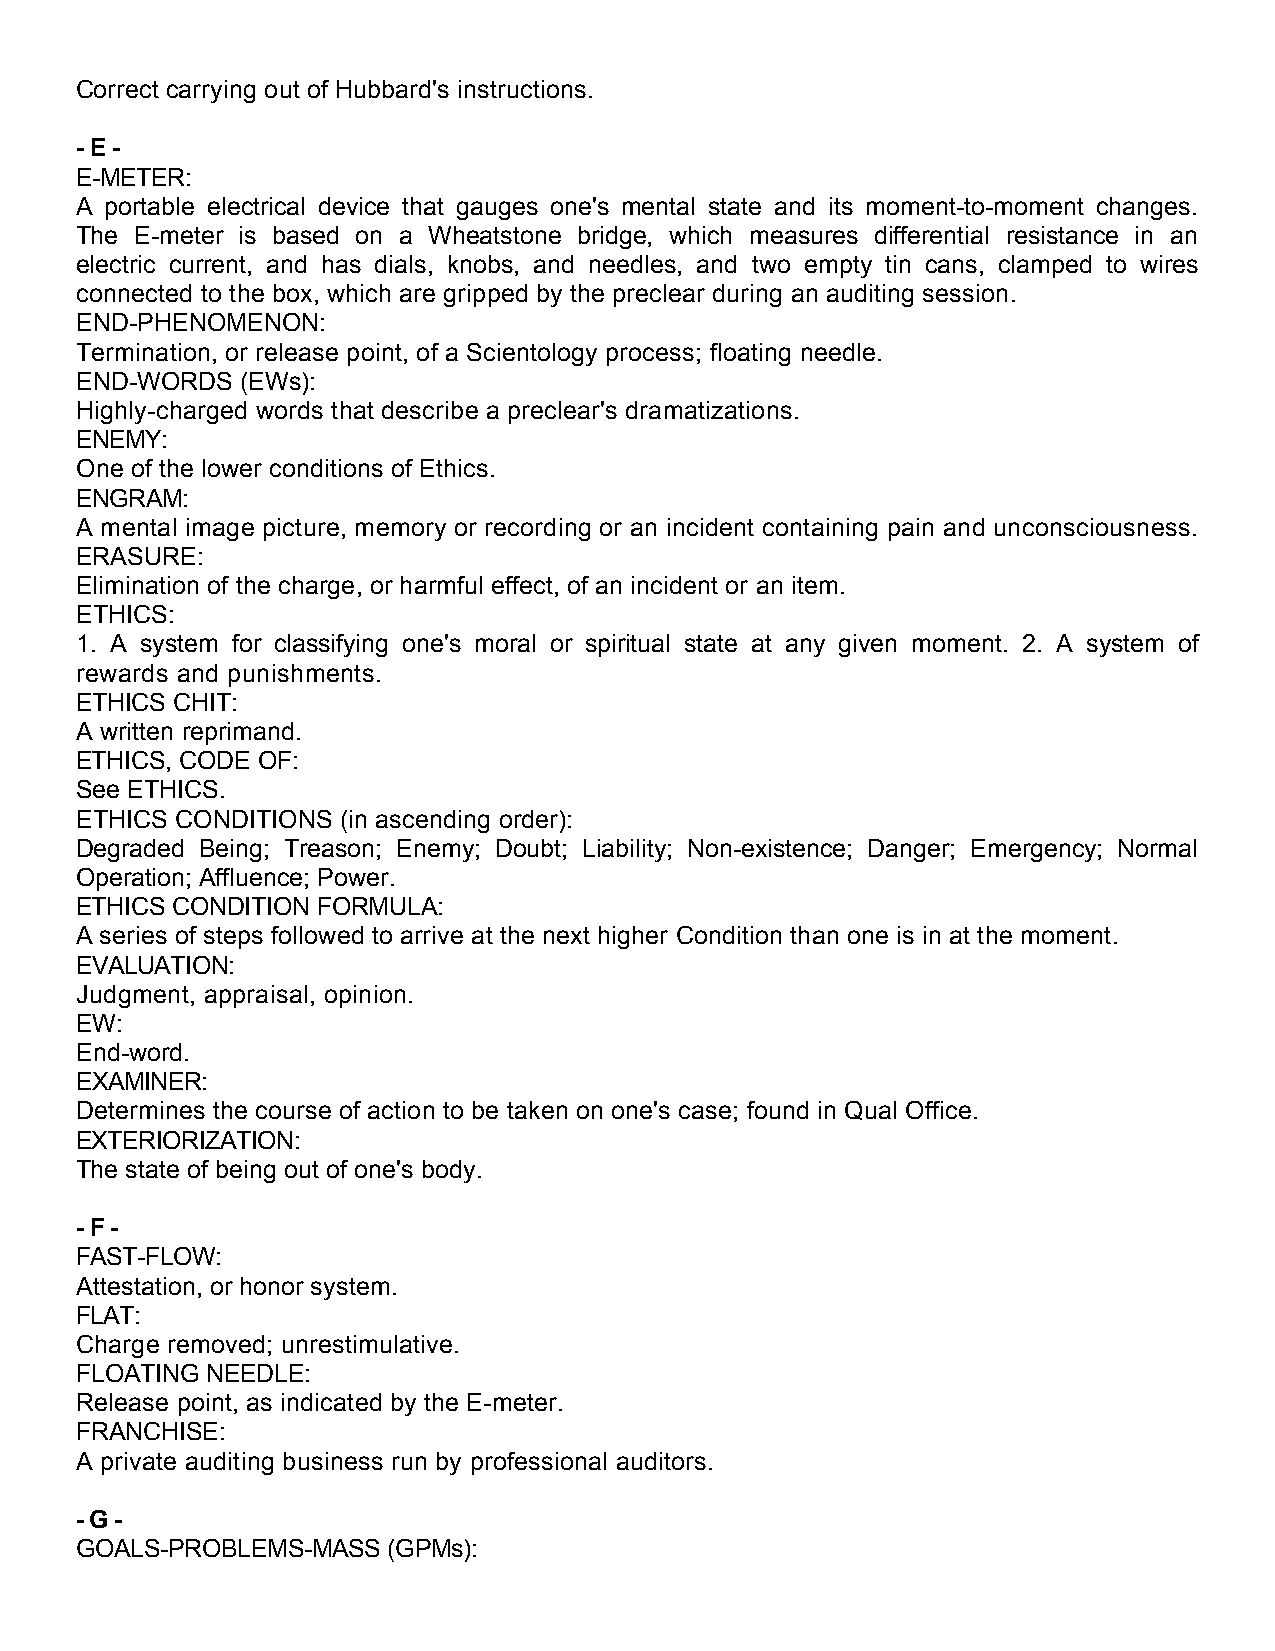
Correct carrying out of Hubbard's instructions.
 - E -
 E-METER:
 A portable electrical device that gauges one's mental state and its moment-to-moment changes.
 The E-meter is based on a Wheatstone bridge, which measures differential resistance in an
 electric current, and has dials, knobs, and needles, and two empty tin cans, clamped to wires
 connected to the box, which are gripped by the preclear during an auditing session.
 END-PHENOMENON:
 Termination, or release point, of a Scientology process; floating needle.
 END-WORDS  (EWs):
 Highly-charged words that describe a preclear's dramatizations.
 ENEMY:
 One of the lower conditions of Ethics.
 ENGRAM:
 A mental image picture, memory or recording or an incident containing pain and unconsciousness.
 ERASURE:
 Elimination of the charge, or harmful effect, of an incident or an item.
 ETHICS:
 1. A system for classifying one's moral or spiritual state at any given moment. 2. A system of
 rewards and punishments.
 ETHICS CHIT:
 A written reprimand.
 ETHICS, CODE OF:
 See ETHICS.
 ETHICS CONDITIONS (in ascending order):
 Degraded Being; Treason; Enemy; Doubt; Liability; Non-existence; Danger; Emergency; Normal
 Operation; Affluence; Power.
 ETHICS CONDITION FORMULA:
 A series of steps followed to arrive at the next higher Condition than one is in at the moment.
 EVALUATION:
 Judgment, appraisal, opinion.
 EW:
 End-word.
 EXAMINER:
 Determines the course of action to be taken on one's case; found in Qual Office.
 EXTERIORIZATION:
 The state of being out of one's body.
 - F -
 FAST-FLOW:
 Attestation, or honor system.
 FLAT:
 Charge removed; unrestimulative.
 FLOATING NEEDLE:
 Release point, as indicated by the E-meter.
 FRANCHISE:
 A private auditing business run by professional auditors.
 - G -
 GOALS-PROBLEMS-MASS  (GPMs):